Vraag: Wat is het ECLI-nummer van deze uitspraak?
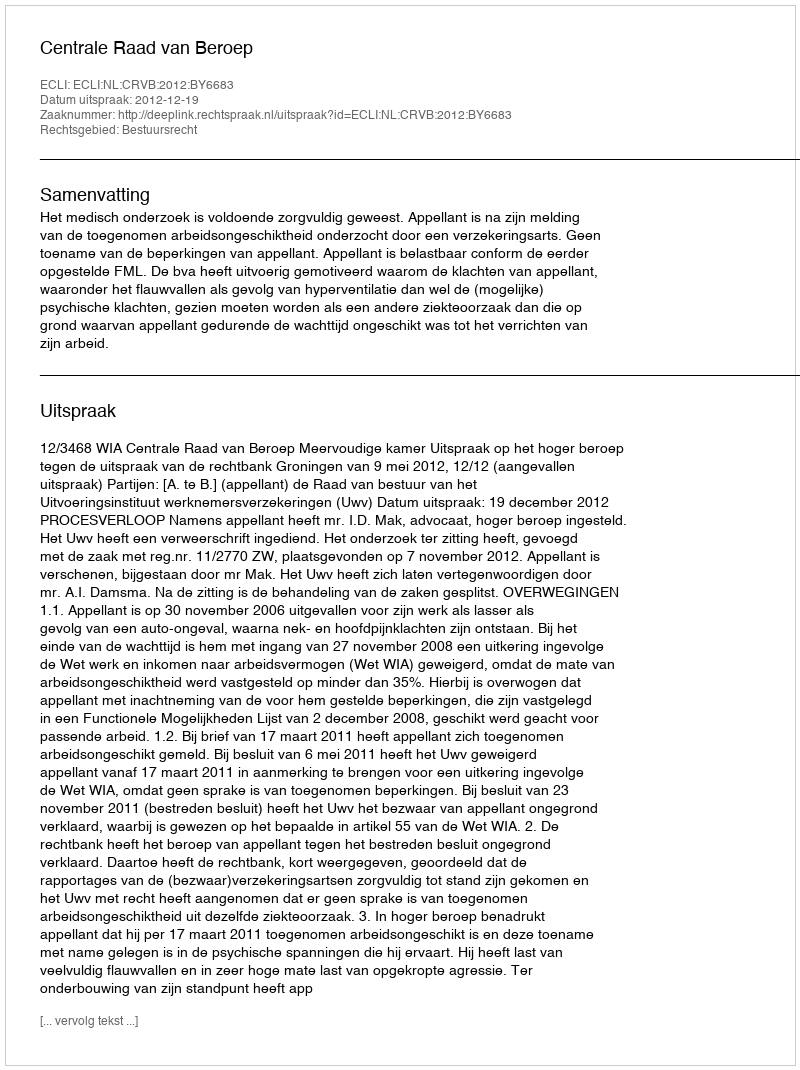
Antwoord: ECLI:NL:CRVB:2012:BY6683